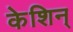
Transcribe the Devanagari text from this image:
केशिन्